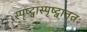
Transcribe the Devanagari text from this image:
स्पृष्ट्वास्पृष्ट्वाततः